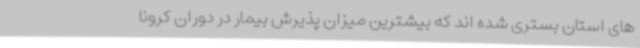
های استان بستری شده اند که بیشترین میزان پذیرش بیمار در دوران کرونا